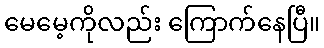
မေမေ့ကိုလည်း ကြောက်နေပြီ။